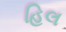
હિલ